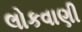
લોકવાણી